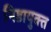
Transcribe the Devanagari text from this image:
निष्ठायुक्त